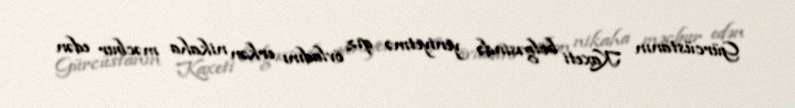
Gürcüstanın Kaxeti bölgəsində yeniyetmə qız övladını erkən nikaha məcbur edən